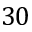
3 0